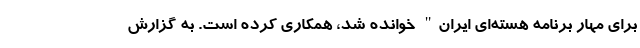
برای مهار برنامه هسته‌ای ایران" خوانده شد، همکاری کرده است. به گزارش